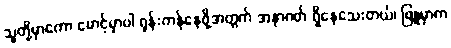
သူတို့မှာကော မောင့်မှာပါ ရုန်းကန်နေဖို့အတွက် အနာဂတ် ရှိနေသေးတယ်၊ ဖြူမှာက